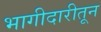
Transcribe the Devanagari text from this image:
भागीदारीतून